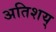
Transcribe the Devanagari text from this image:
अतिशय्